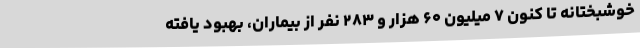
خوشبختانه تا کنون ۷ میلیون ۶۰ هزار و ۲۸۳ نفر از بیماران، بهبود یافته